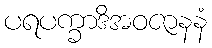
ပရပက္ခာဒိအဝဇာနနံ